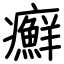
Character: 癬